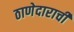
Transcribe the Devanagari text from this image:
ठाणेदाराची